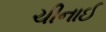
ચીનાઈ